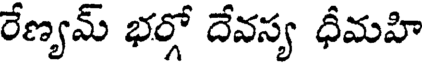
రేణ్యమ్ భర్గో దేవస్య ధీమహి